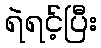
ရဲရင့်ပြီး